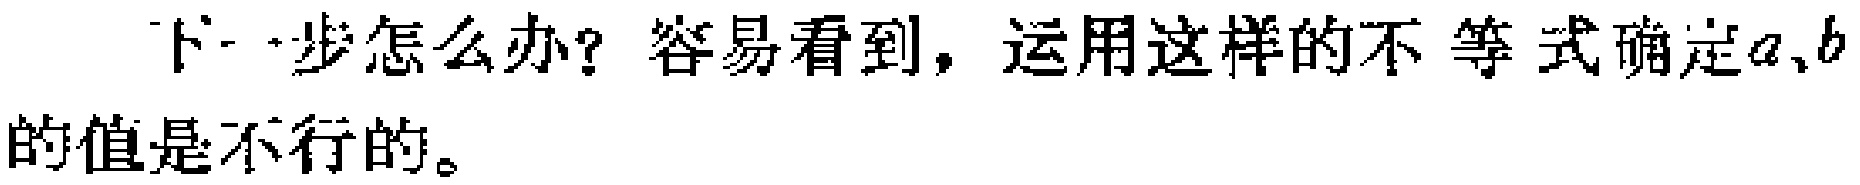
下一步怎么办？容易看到，运用这样的不等式确定\(a、b\)的值是不行的。